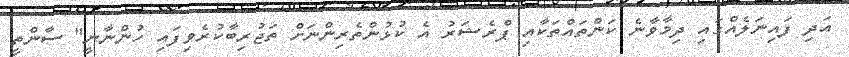
އަދި ފައިނަލެއްގައި ދިމާވާނެ ކަންތައްތަކާއި ޕްރެޝަރު އެ ކުޅުންތެރިންނަށް ތަޖުރިބާކުރެވިފައި ހުންނާނީ" ސާންތީ